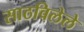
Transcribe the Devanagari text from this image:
साठविलेले